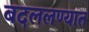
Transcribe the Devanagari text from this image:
बदललण्यात